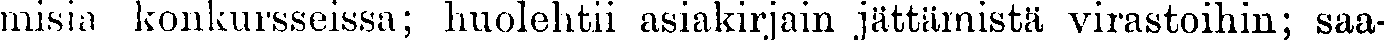
misia konkursseissa; huolehtii asiakirjain jättärmistä virastoihin; saa-